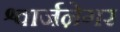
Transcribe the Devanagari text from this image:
श्वार्जने़गर